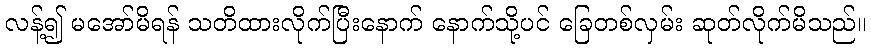
လန့်၍ မအော်မိရန် သတိထားလိုက်ပြီးနောက် နောက်သို့ပင် ခြေတစ်လှမ်း ဆုတ်လိုက်မိသည်။